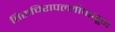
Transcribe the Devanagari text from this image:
तिरुचिरापल्लीपासून